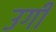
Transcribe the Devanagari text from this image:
उगीं